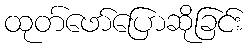
ထုတ်ဖော်ပြောဆိုခြင်း